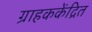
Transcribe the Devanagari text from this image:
ग्राहककेंद्रित